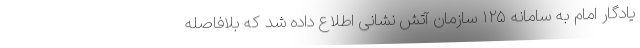
یادگار امام به سامانه ١٢۵ سازمان آتش نشانی اطلاع داده شد که بلافاصله